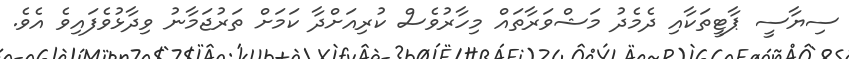
ސިޔާސީ ޕާޓީތަކާއި ދެމެދު މަޝްވަރާތައް މިހާރުވެސް ކުރިއަށްދާ ކަމަށް ތަރުޖަމާނު ވިދާޅުވެފައިވެ އެވެ.